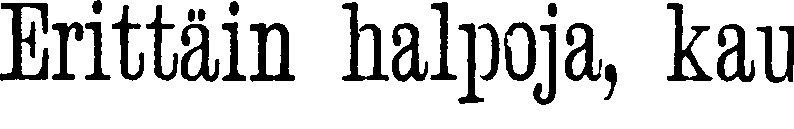
Erittäin halpoja, kau